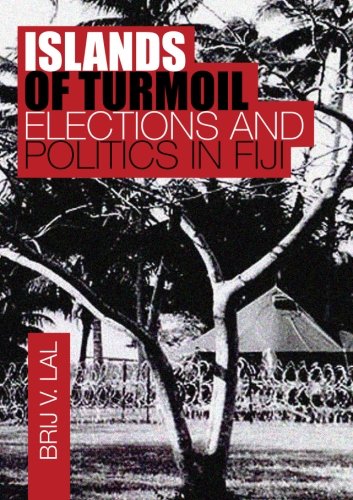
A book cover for Islands of Turmoil: Elections and Politics in Fiji; Brij V Lal; History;